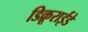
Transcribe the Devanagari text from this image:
डिक्रूराईडे